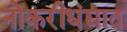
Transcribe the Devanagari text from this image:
नोकरीधंद्यात